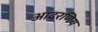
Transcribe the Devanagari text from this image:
आदरणिय